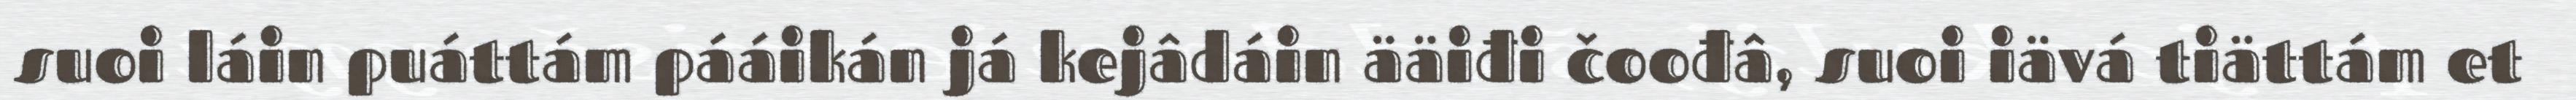
suoi láin puáttám pááikán já kejâdáin ääiđi čoođâ, suoi iävá tiättám et